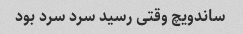
ساندویچ وقتی رسید سرد سرد بود